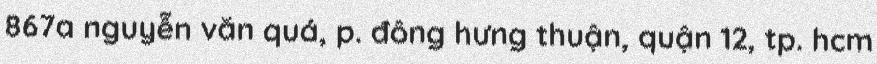
867a nguyễn văn quá, p. đông hưng thuận, quận 12, tp. hcm